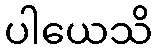
ပါယေသိ